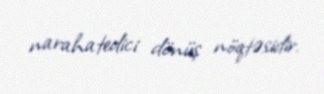
narahatedici dönüş nöqtəsidir.